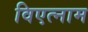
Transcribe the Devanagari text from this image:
विएत्नाम